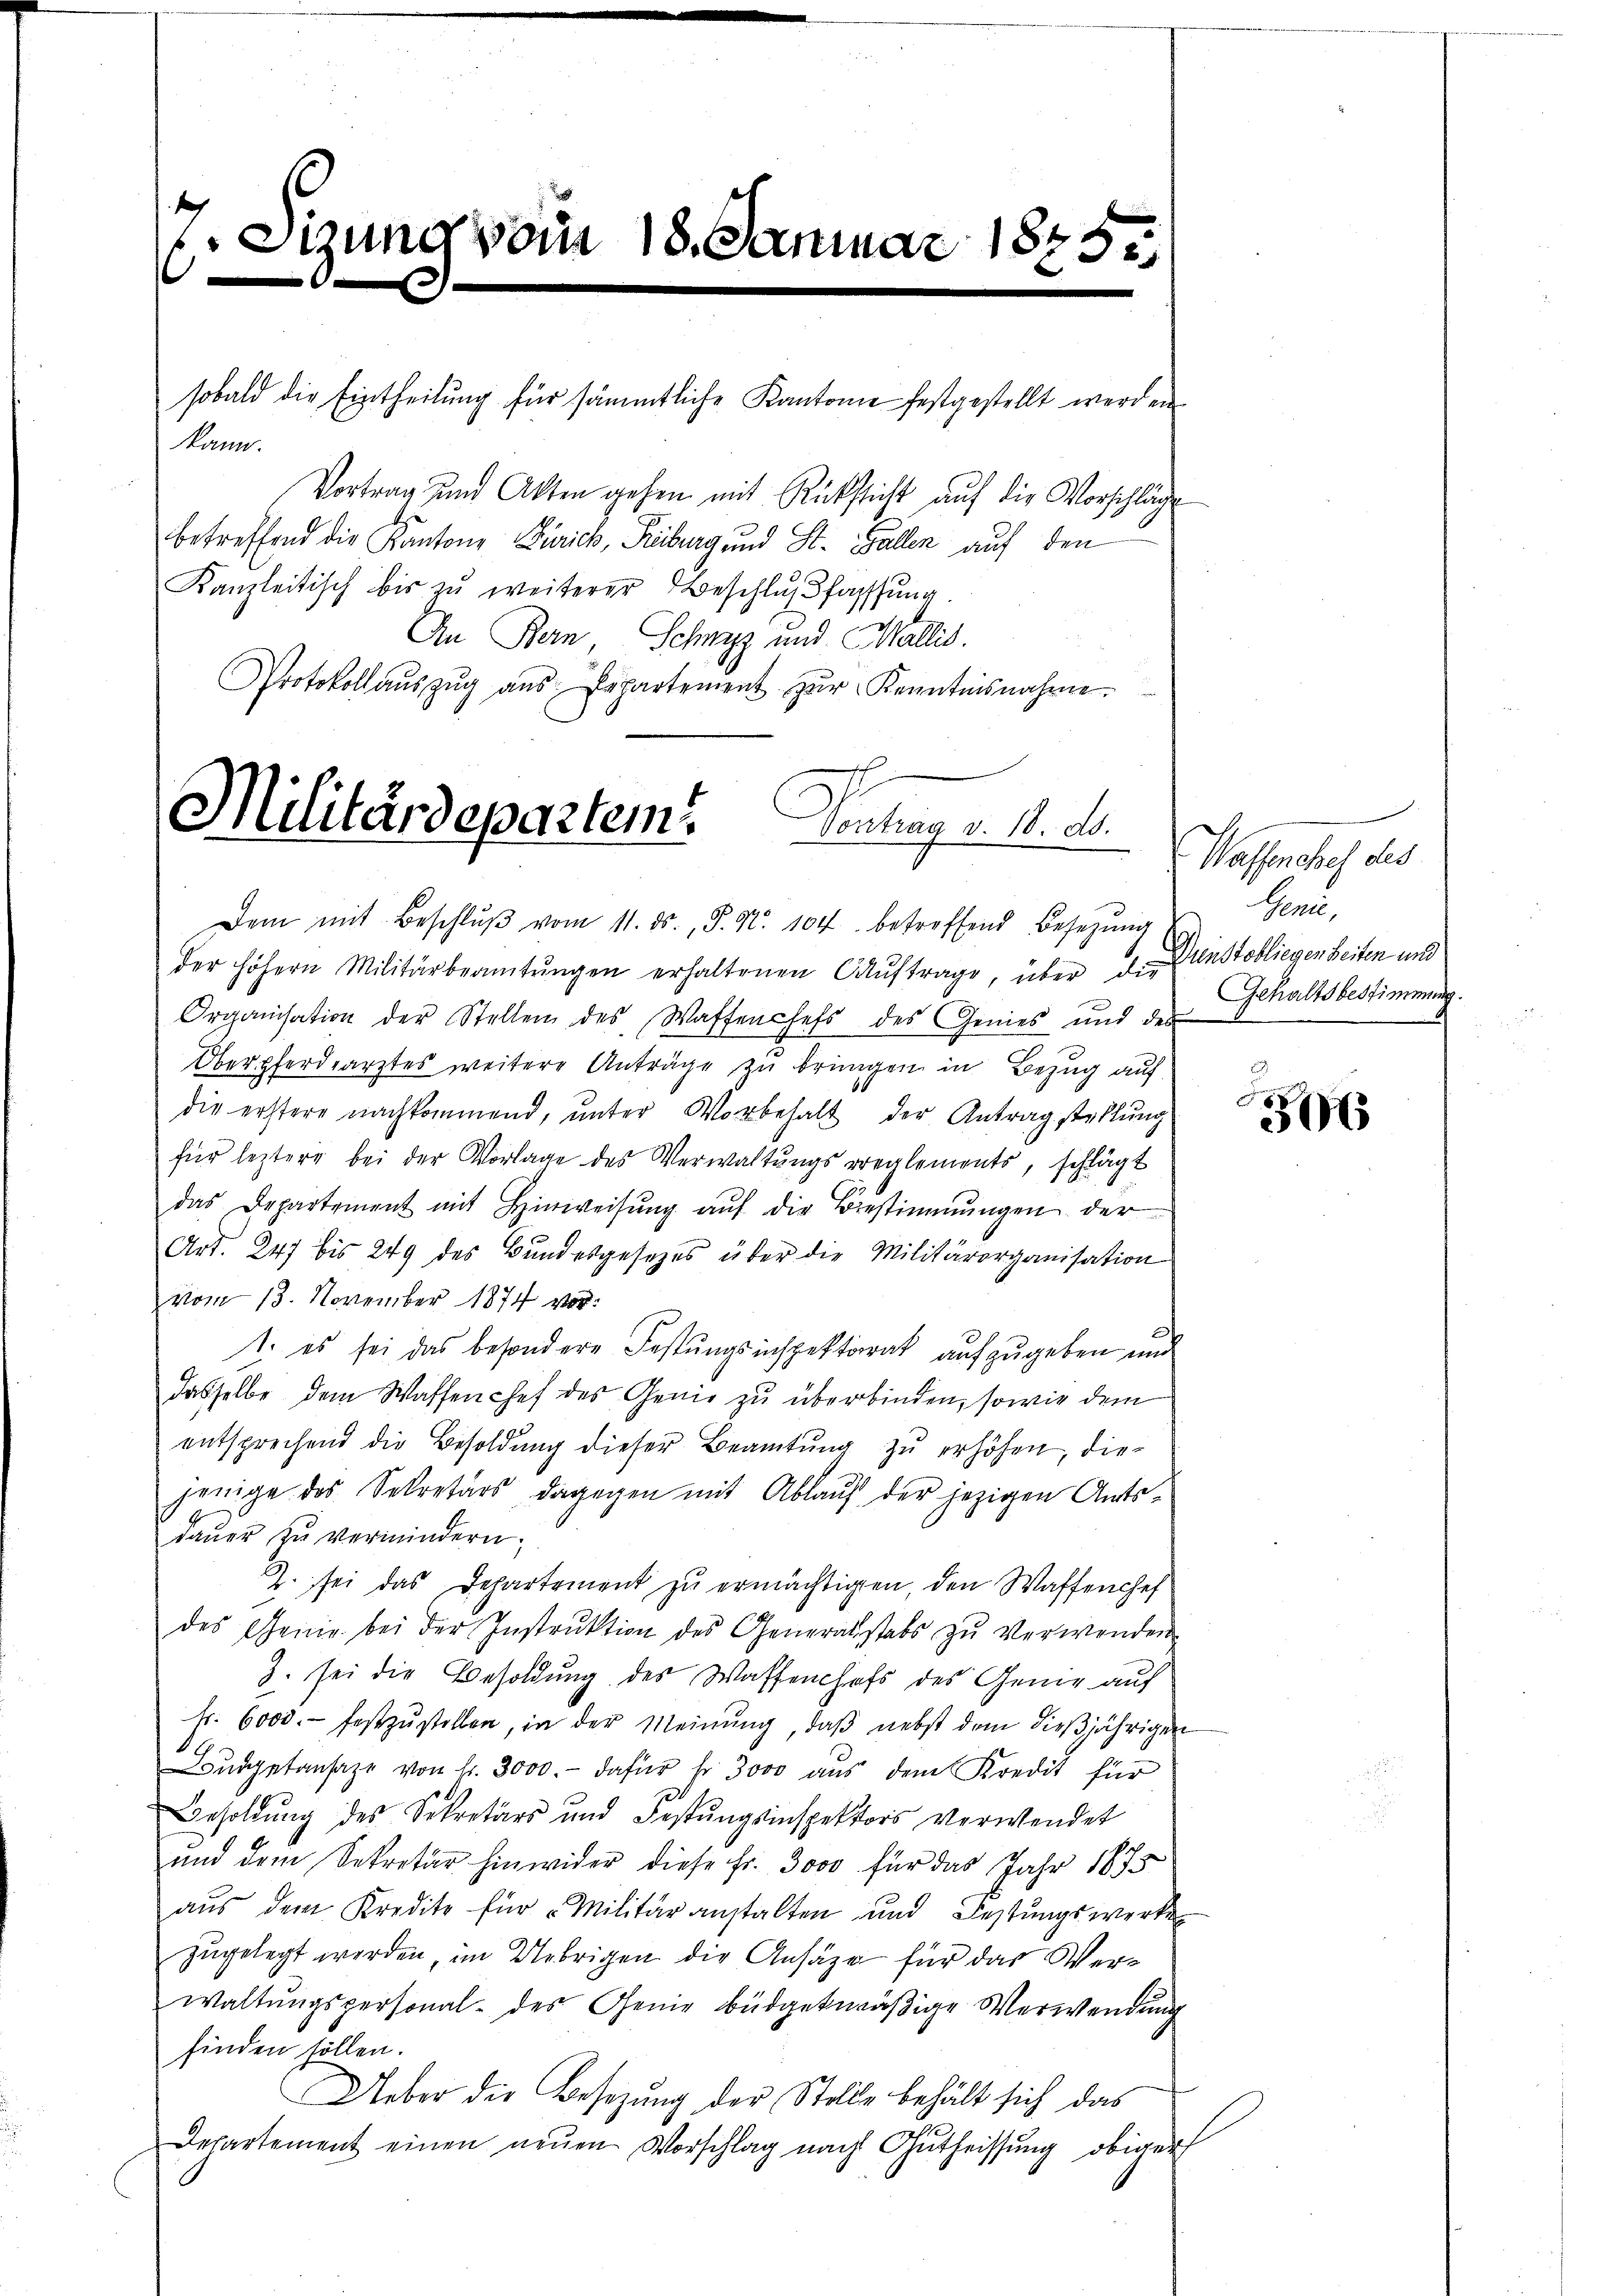
7. Sitzung vom 18. Januar 1875.
b

kann.

sobald die Eintheilung für sämmtliche Kantonie festgestellt werden

Militärdepartem Vortrag v. 11. ds.
Dem mit Beschlŭβ vom 11. ds., S. Nr. 104 betreffend Besetzŭng

Vortrag und Akten gehen mit Rücksicht auf die Vorschläg
betreffend die Kanton Zürich, Riburg und St. Gallen auf den
Kanzleitisch bis zŭ weiterer Beschlußfassung.
An Bern, Schwyz und Wallis.
Protokollaŭszŭg aŭs Departement zŭr Kenntnisnahme.

der höhern Militärbeamtŭngen erhaltenen Aŭftrage, über d. Dienstobliegen Seiten und
Organisation der Stellen des Waffenhefs des Genies und des
Oberpferdearztes weitere Anträge zu bringen in Bezug auf
die erstere nachkommend, ŭnter Vorbehalt der Antragstellung
für leztere bei der Vorlage des Verwaltŭngsreglements, schlägt
das Departement mit Hinweisŭng aŭf die Bestimmŭngen der
Art. 247 bis 249 des Bŭndesgesetzes über die Militärorganisation
vom 13. November 1874 vor:
1. es sei das besondere Festungsinspektorat aufzugeben und
dasselbe dem Waffen chef des Genie zu überbinden, sowie dem
entsprechend die Besoldung dieser Beamtung zu erhöhen, diejenige des Sekretärs dagegen mit Ablauf der jezigen Amtsdaŭer zu vermindern.
Z. sei das Departement zŭ ermächtigen, den Waffenhef
des Genie bei der Instrŭktion des Generalstabs zŭ verwenden
J. sei die Besoldung des Waffenhofs des Genie auf
fr. 6000.- festzŭstellen, in der Meinŭng, daβ nebst dem dieβjährigen
Landgetansaze von Fr. 3000.- dafür hr 3000 aŭs dem Kredit für
Besoldung des Sekretärs und Festungsinspektors verwendet
und dem Sekretär hinwider diese Fr. 3000 für das Jahr 1875
aus dem Kredite für "Militäranstalten und Festungswerke
zugelegt werden, im Uebrigen die Ansäze für das Werwaltungspersonal- des Genie büdgekmäßige Verwendung
finden sollen.
Ueber die Besetzung der Stolle behält sich das
Departement einen neŭen Vorschlag nach Gutheissung obiger

Wasserehe des
Genie,
Gehaltsbestimmung.

3517